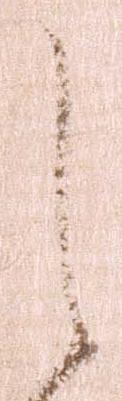
之